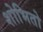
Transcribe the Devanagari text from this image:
शोभितो